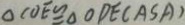
\Delta C O E \cong \Delta O D E ( A S A )